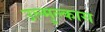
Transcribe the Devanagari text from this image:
उल्मुल्कास